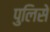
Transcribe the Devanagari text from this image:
पुलिसे